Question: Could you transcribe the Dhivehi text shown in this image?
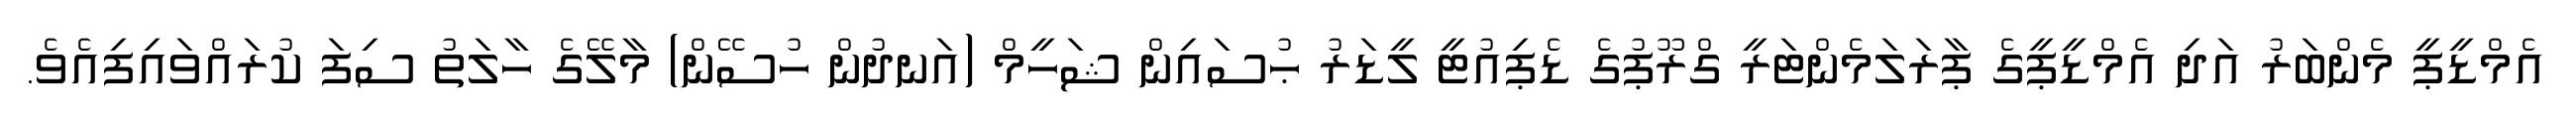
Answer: އެމްޑީޕީ މެންބަރު އަދި އެމްޑީޕީގެ ޕާރަލަމެންޓަރީ ގްރޫޕުގެ ޑެޕިއުޓީ ލީޑަރު ޙުސައިން ޝަހީމް (އަނދުން ހުސޭން) މާލޭގެ ހާލަތު ސިފަ ކުރައްވައިފިއެވެ.